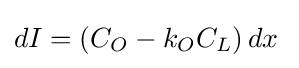
dI=(C_{O}-k_{O}C_{L})\,dx\;